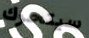
سيتحرك